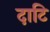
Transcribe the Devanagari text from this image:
दाटि